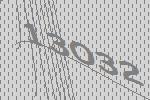
13032